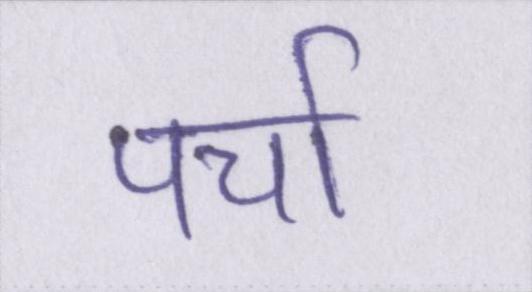
पर्चा